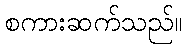
စကားဆက်သည်။